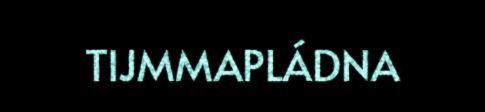
TIJMMAPLÁDNA